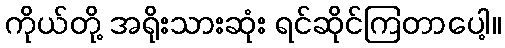
ကိုယ်တို့ အရိုးသားဆုံး ရင်ဆိုင်ကြတာပေါ့။